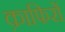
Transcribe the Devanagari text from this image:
क़ाफिरों